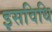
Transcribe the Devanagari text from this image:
इसविधि